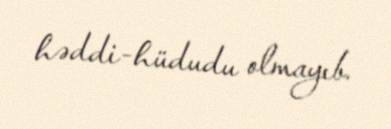
həddi-hüdudu olmayıb.